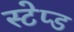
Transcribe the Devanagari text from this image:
स्टेप्ड